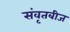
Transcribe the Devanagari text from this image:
संवृतबीज